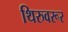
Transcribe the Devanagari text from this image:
थिरुवरूर